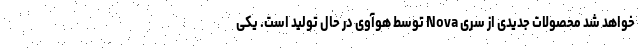
خواهد شد محصولات جدیدی از سری Nova توسط هوآوی در حال تولید است. یکی